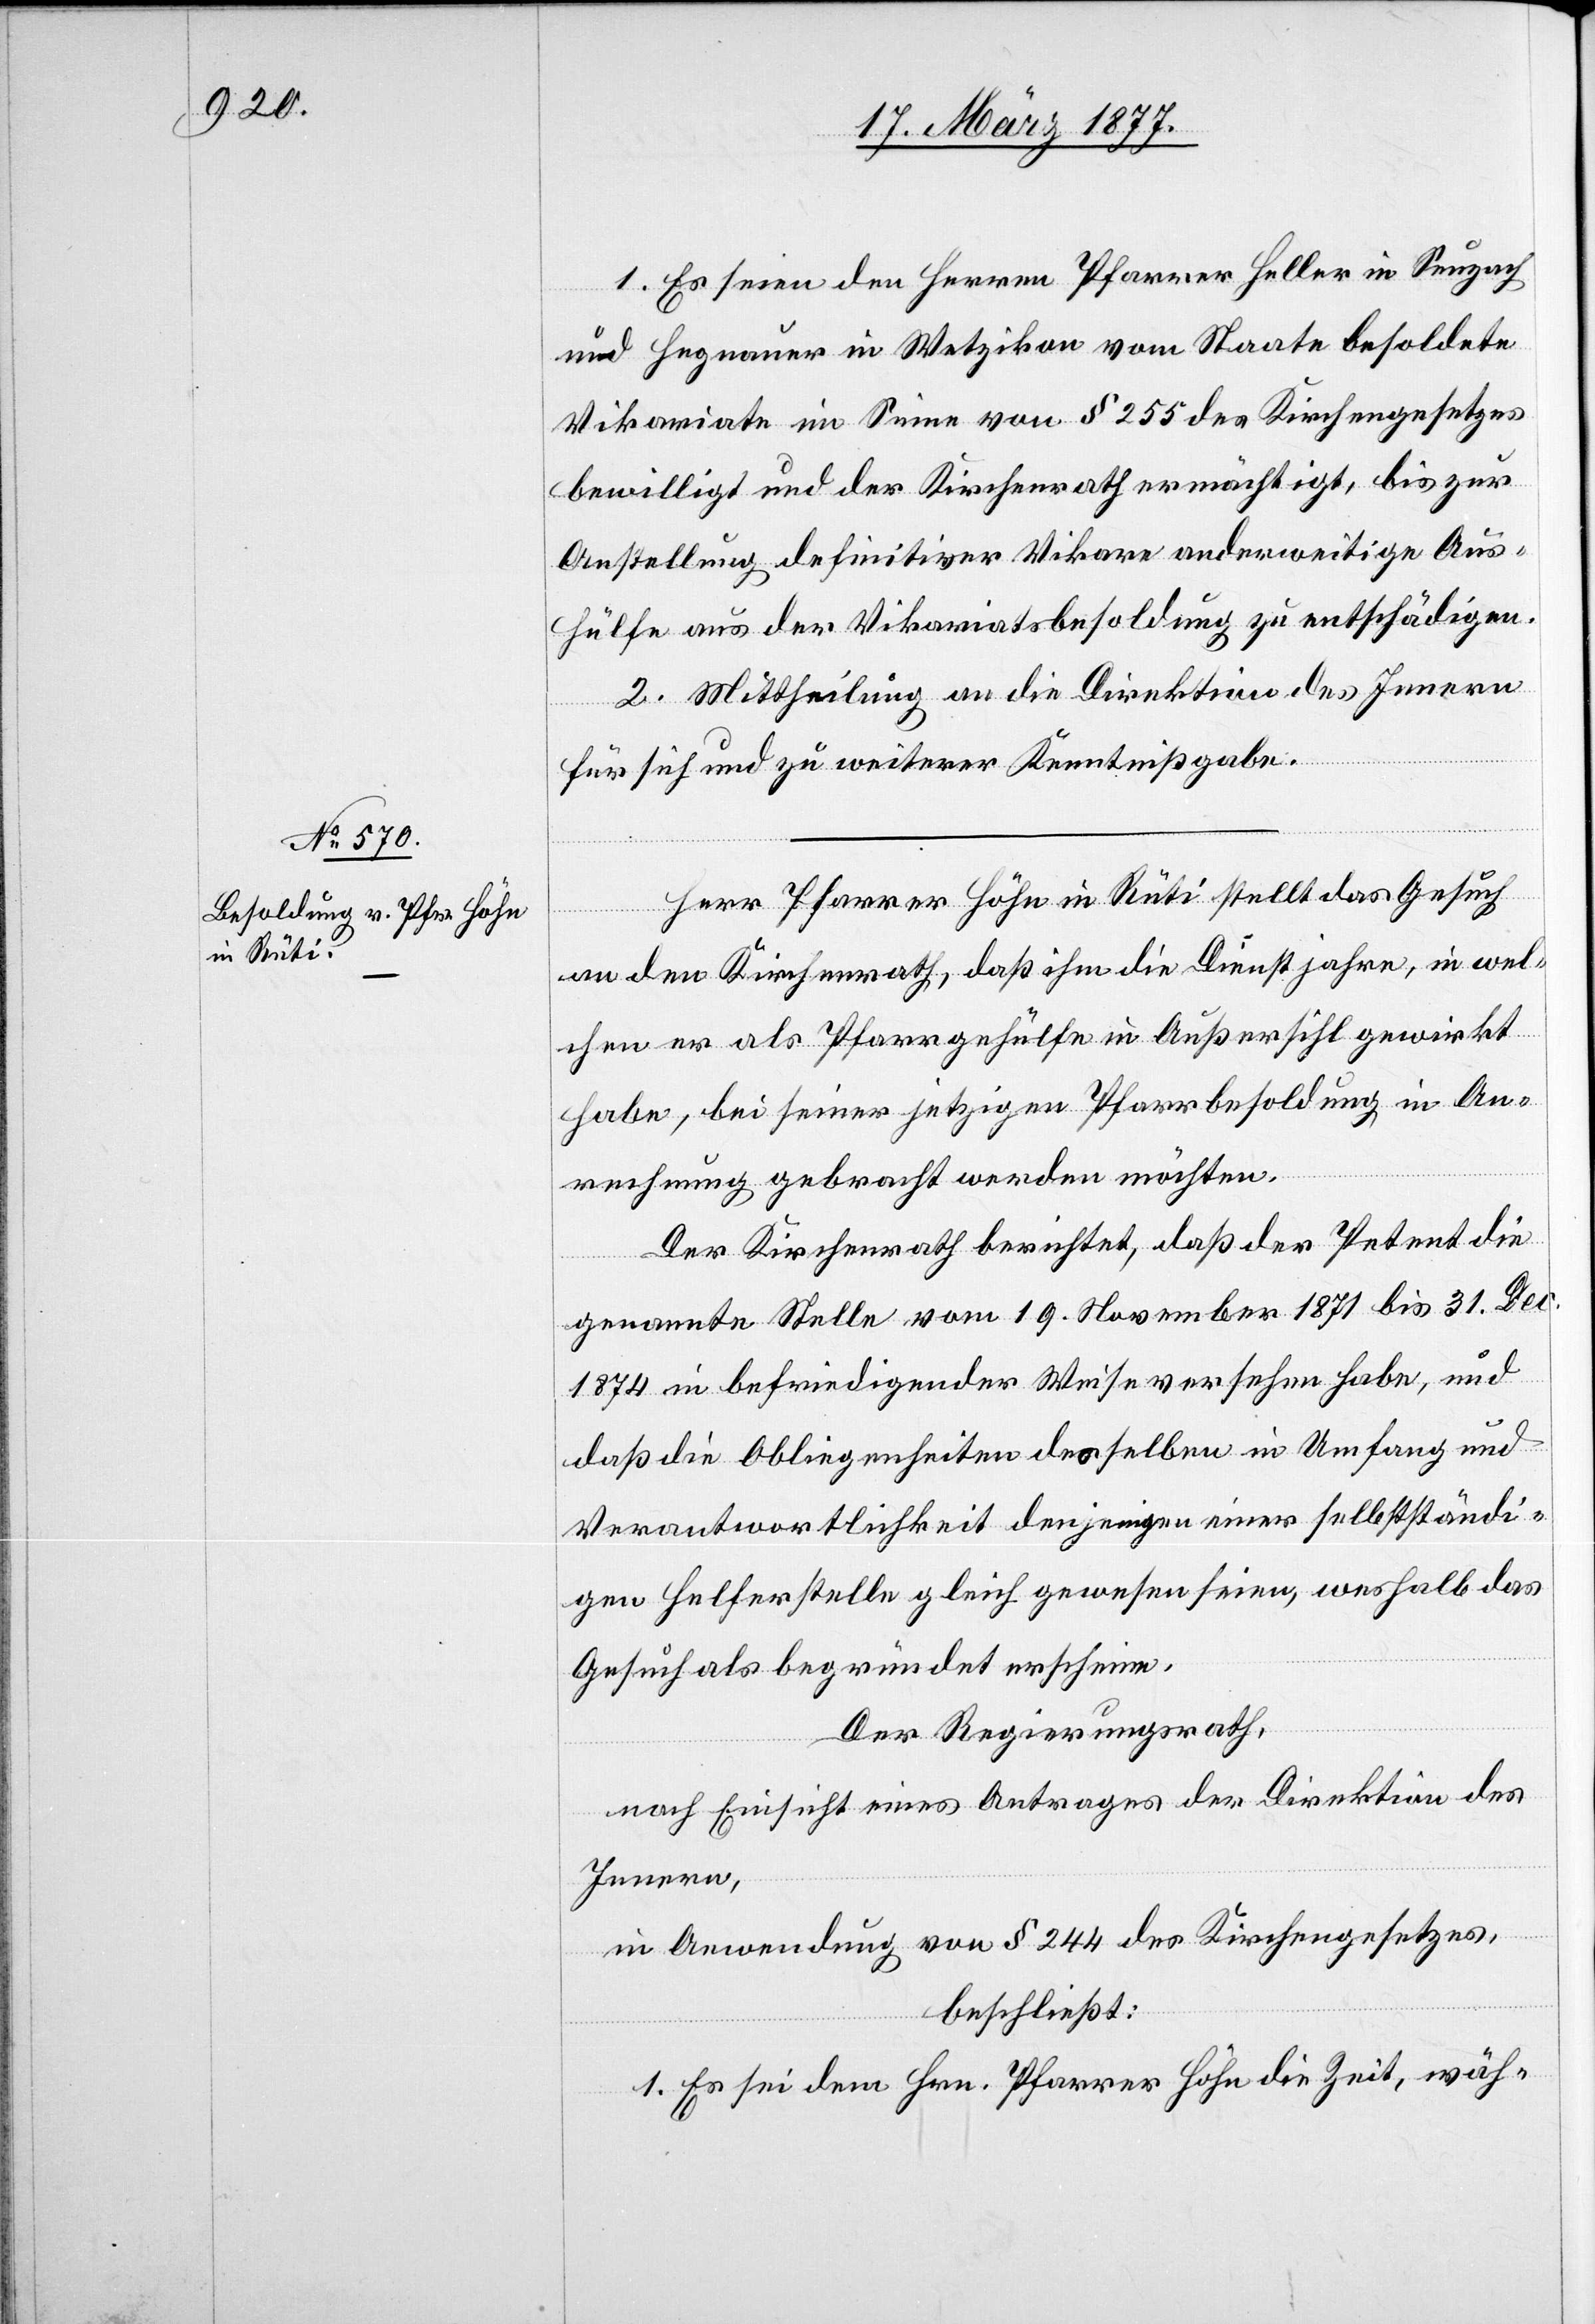
1. Es seien den Herren Pfarrer Heller in Seuzach
und Hegnauer in Wetzikon vom Staate besoldete
Vikariate im Sinne von § 255 des Kirchengesetzes
bewilligt und der Kirchenrath ermächtigt, bis zur
Anstellung definitiver Vikare anderweitige Aus¬
hülfe aus der Vikariatsbesoldung zu entschädigen.
2. Mittheilung an die Direktion des Innern
für sich und zu weiterer Kenntnißgabe.
Herr Pfarrer Höhn in Rüti stellt das Gesuch
an den Kirchenrath, daß ihm die Dienstjahre, in wel¬
chen er als Pfarrgehülfe in Außersihl gewirkt
habe, bei seiner jetzigen Pfarrbesoldung in An¬
rechnung gebracht werden möchten.
Der Kirchenrath berichtet, daß der Petent die
genannte Stelle vom 19. November 1871 bis 31. Dec.
1874 in befriedigender Weise versehen habe, und
daß die Obliegenheiten desselben in Umfang und
Verantwortlichkeit denjenigen einer selbstständi¬
gen Helferstelle gleich gewesen seien, weshalb das
Gesuch als begründet erscheine.
Der Regierungsrath,
nach Einsicht eines Antrages der Direktion des
Innern,
in Anwendung von § 244 des Kirchengesetzes,
beschließt:
1. Es sei dem Hrn. Pfarrer Höhn die Zeit, wäh-